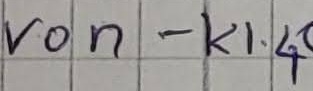
Text: von - K1.4